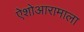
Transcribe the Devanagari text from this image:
ऐशोआरामाला